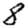
Digit: 8